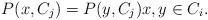
LaTeX: \begin{align*} P(x,C_j)=P(y,C_j) x,y \in C_i. \end{align*}